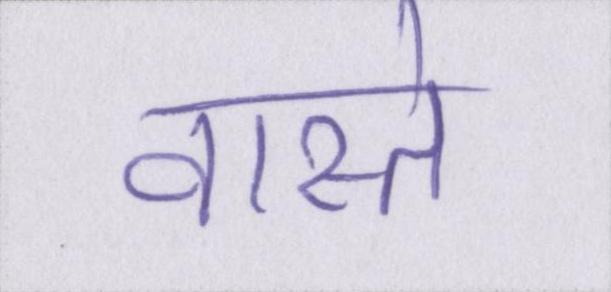
वास्ते